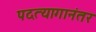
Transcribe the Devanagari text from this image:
पदत्यागानंतर